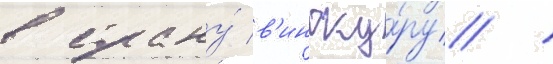
в страну́ в'иноку́ру /